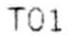
T01